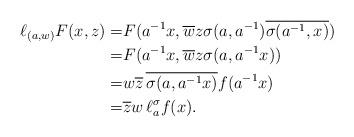
LaTeX: \begin{align*} \ell_{(a,w)}F(x,z)= & F(a^{-1}x,\overline{w}z \sigma(a,a^{-1})\overline{ \sigma(a^{-1},x)})\\ = & F(a^{-1}x,\overline{w}z \sigma(a,a^{-1}x)) \\ = & w \overline{z} \,\overline{\sigma(a,a^{-1}x)} f(a^{-1}x)\\ = & \overline{z}w \,\ell^\sigma_a f(x). \end{align*}